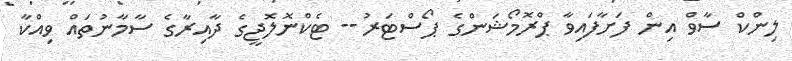
ލިންކް ސާވް އިން ފަށާފައިވާ ޕްރޮމޯޝަންގެ ޕޯސްޓަރު-- ޓެކްނޮލޮޖީގެ ދާއިރާގެ ސާމާނުތައް ވިއްކާ